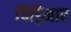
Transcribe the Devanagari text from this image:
चिड़िमार